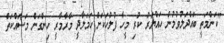
"ކަންމަތީ ބައްދަލުވުމުން ހައްޔަރު ކުރި މީހާ ފުލުހަކަށް ހަމަލާދީ މާރާމާރީ ހިންގަން މަސައްކަތް